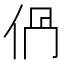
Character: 𠈥